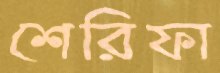
শেরিফা